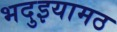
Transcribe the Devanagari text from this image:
भदुइयामठ